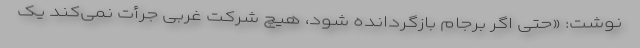
نوشت: «حتی اگر برجام بازگردانده شود، هیچ شرکت غربی جرأت نمی‌کند یک